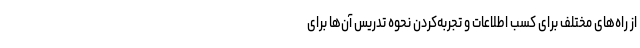
از راه‌های مختلف برای کسب اطلاعات و تجربه‌کردن نحوه تدریس آن‌ها برای